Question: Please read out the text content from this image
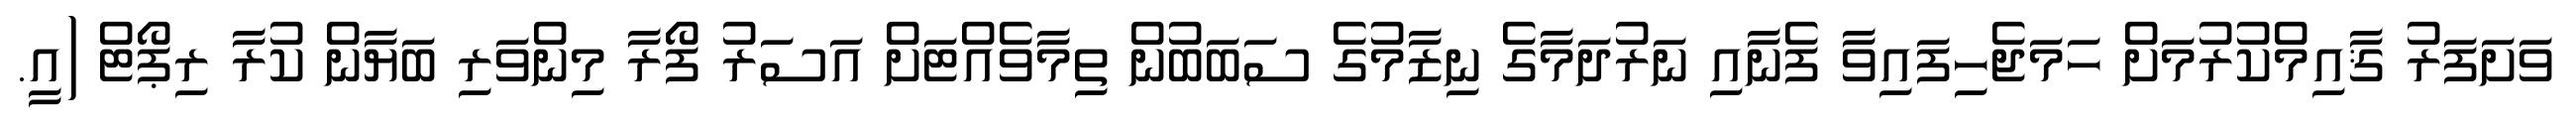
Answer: ވަށަފަރު ޤާއިމްކުރުމަށް ހަމަޖެހިފައިވާ ފެނާއި ނަރުދަމާގެ ނިޒާމުގެ ސަބަބުން ތިމާވެއްޓަށް އަސަރު ފޯރާ މިންވަރި ބަޔާން ކުރާ ރިޕޯޓް (އީ.